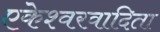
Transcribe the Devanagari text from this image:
एकेश्वरवादिता